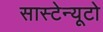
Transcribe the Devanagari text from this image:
सास्टेन्यूटो